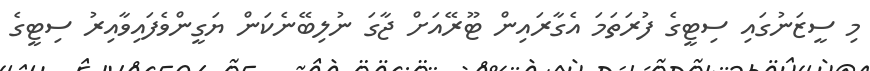
މި ސީޒަނުގައި ސިޓީގެ ފުރަތަމަ އެގާރައިން ޓޫރޭއަށް ޖާގަ ނުލިބޭނެކަން ޔަގީންވެފައިވާއިރު ސިޓީގެ